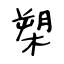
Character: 槊